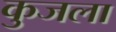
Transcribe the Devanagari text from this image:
कुजला